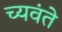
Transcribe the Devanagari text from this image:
च्यवंते